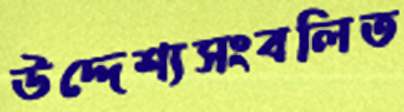
উদ্দেশ্যসংবলিত